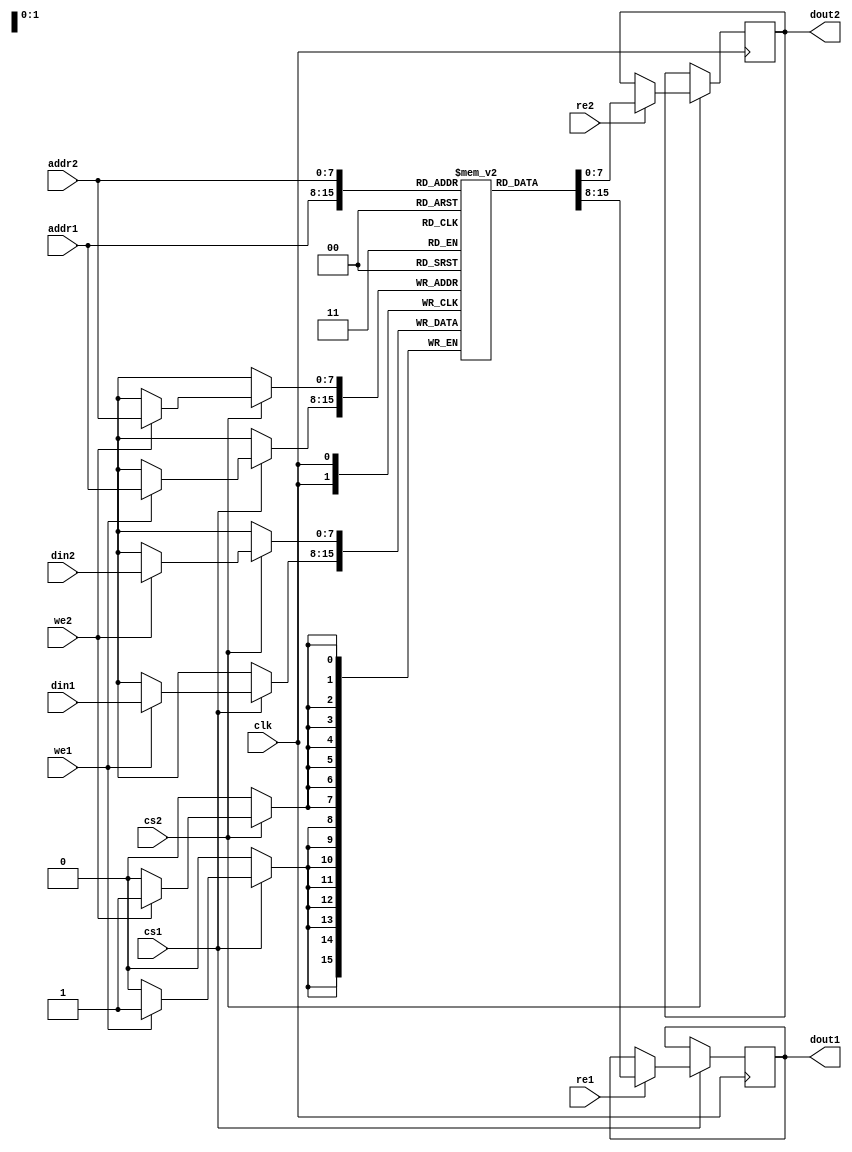
module MPSRAM #(
    parameter DATA_WIDTH = 8,    // Width of data for each port
    parameter ADDR_WIDTH = 8,     // Width of address for each port
    parameter DEPTH = 256          // Depth of the memory array
)(
    input wire clk,                // Clock signal
    input wire [ADDR_WIDTH-1:0] addr1, // Address for Port 1
    input wire [ADDR_WIDTH-1:0] addr2, // Address for Port 2
    input wire [DATA_WIDTH-1:0] din1,  // Data input for Port 1
    input wire [DATA_WIDTH-1:0] din2,  // Data input for Port 2
    input wire we1,                // Write enable for Port 1
    input wire we2,                // Write enable for Port 2
    input wire re1,                // Read enable for Port 1
    input wire re2,                // Read enable for Port 2
    input wire cs1,                // Chip select for Port 1
    input wire cs2,                // Chip select for Port 2
    output reg [DATA_WIDTH-1:0] dout1, // Data output for Port 1
    output reg [DATA_WIDTH-1:0] dout2  // Data output for Port 2
);

    // Memory array
    reg [DATA_WIDTH-1:0] mem [0:DEPTH-1];

    // Port 1 operations
    always @(posedge clk) begin
        if (cs1) begin
            if (we1) begin
                mem[addr1] <= din1; // Write operation
            end
            if (re1) begin
                dout1 <= mem[addr1]; // Read operation
            end
        end
    end

    // Port 2 operations
    always @(posedge clk) begin
        if (cs2) begin
            if (we2) begin
                mem[addr2] <= din2; // Write operation
            end
            if (re2) begin
                dout2 <= mem[addr2]; // Read operation
            end
        end
    end

endmodule